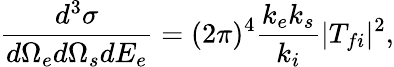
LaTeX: \frac{d^{3}\sigma}{d\Omega_{e}d\Omega_{s}dE_{e}}=(2\pi)^{4}\frac{k_{e}k_{s}}{k_{i}}|T_{fi}|^{2},